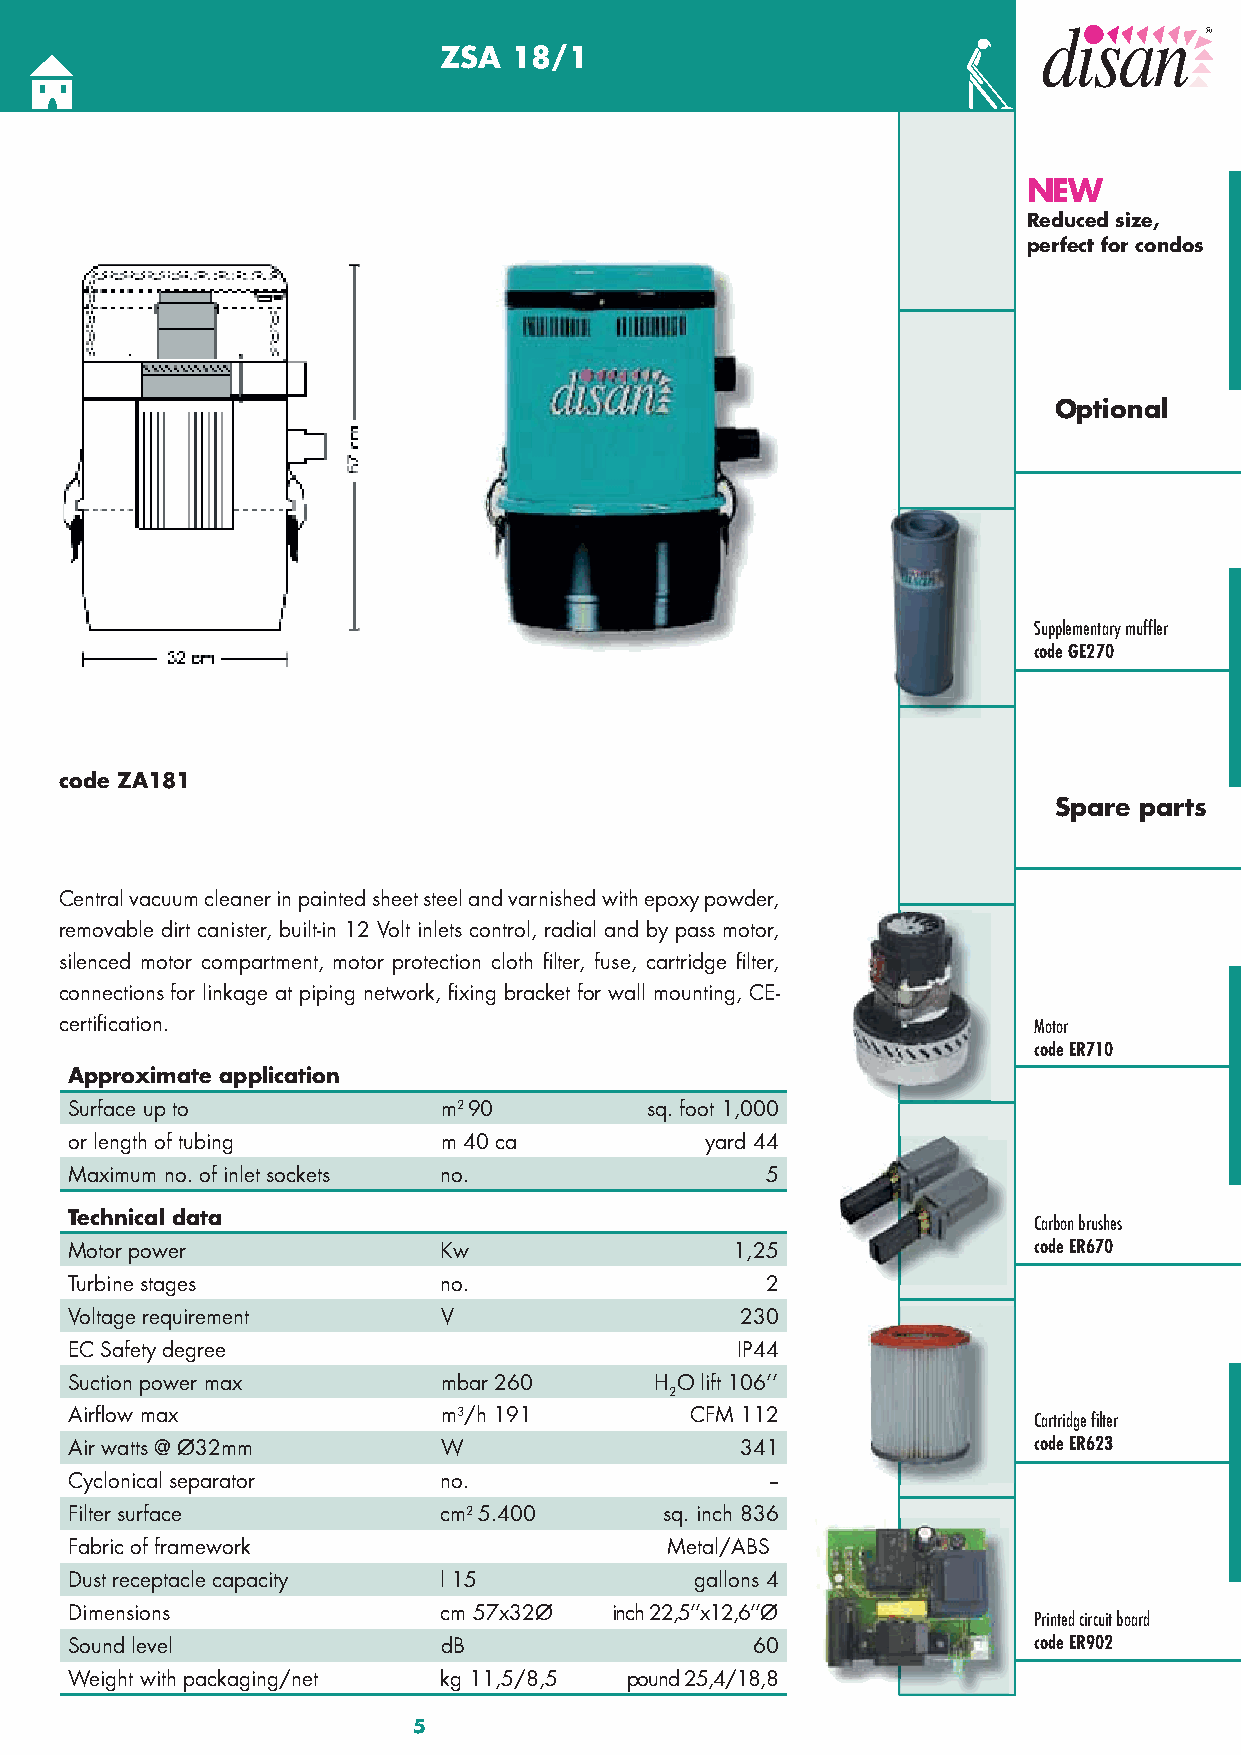
ZSA  18/1
 NEW
 Reduced size,
 perfect for condos
 Optional
 Supplementary muffl er
 code GE270
 code ZA181
 Spare parts
 Central vacuum cleaner in painted sheet steel and varnished with epoxy powder,
 removable dirt canister, built-in 12 Volt inlets control, radial and by pass motor,
 silenced motor compartment, motor protection cloth fi lter, fuse, cartridge fi lter,
 connections for linkage at piping network, fi xing bracket for wall mounting, CE-
 certifi cation.                                                 Motor
 code ER710
 Approximate application
 Surface up to           m290          sq. foot 1,000
 or length of tubing     m 40 ca           yard 44
 Maximum no. of inlet sockets no.              5
 Technical data
 Carbon brushes
 Motor power             Kw                  1,25               code ER670
 Turbine stages          no.                   2
 Voltage requirement     V                   230
 EC Safety degree                            IP44
 Suction power max       mbar 260      H O lift 106’’
 2
 Airfl ow max            m3/h 191         CFM 112               Cartridge fi lter
 Air watts @ Ø32mm       W                   341                code ER623
 Cyclonical separator    no.                   --
 Filter surface          cm25.400       sq. inch 836
 Fabric of framework                    Metal/ABS
 Dust receptacle capacity l 15            gallons 4
 Dimensions              cm 57x32Ø  inch 22,5’’x12,6’’Ø
 Printed circuit board
 Sound level             dB                   60                code ER902
 Weight with packaging/net kg 11,5/8,5 pound 25,4/18,8
 5